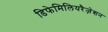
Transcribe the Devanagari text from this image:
डिफेमिलियरैज़ेशन